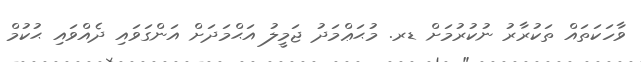
ވާހަކަތައް ތަކުރާރު ނުކުރުމަށް ޑރ. މުޙަޢްމަދު ޖަމީލު އަޙްމަދަށް އަންގަވައި ދެއްވައި ޙުކުމް